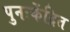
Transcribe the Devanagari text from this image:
पुनःकेंद्रित